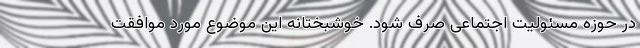
در حوزه مسئولیت اجتماعی صرف شود. خوشبختانه این موضوع مورد موافقت